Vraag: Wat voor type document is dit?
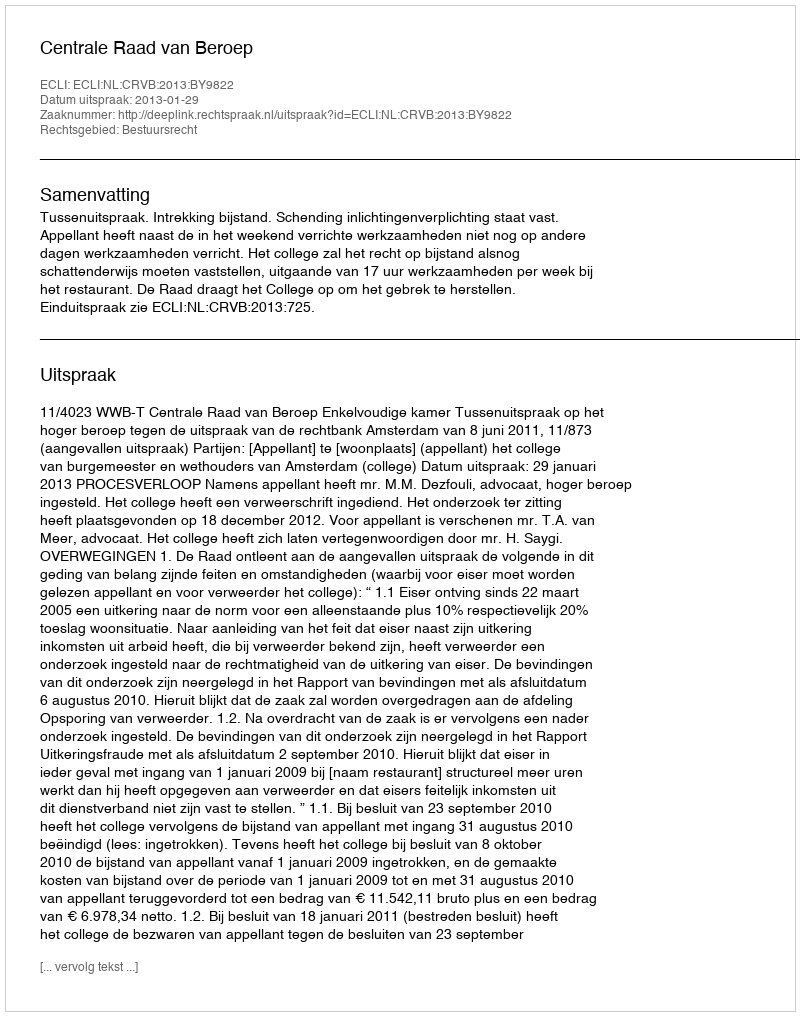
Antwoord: Uitspraak